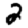
Digit: 2